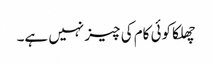
چھلکا کوئی کام کی چیز نہیں ہے۔